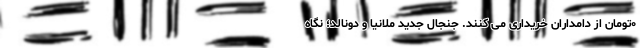
۰تومان از دامداران خریداری می کنند. جنجال جدید ملانیا و دونالد؛ نگاه